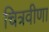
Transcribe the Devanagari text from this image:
चित्रवीणा